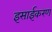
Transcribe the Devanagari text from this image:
इसाईकरण